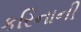
કરિનાની